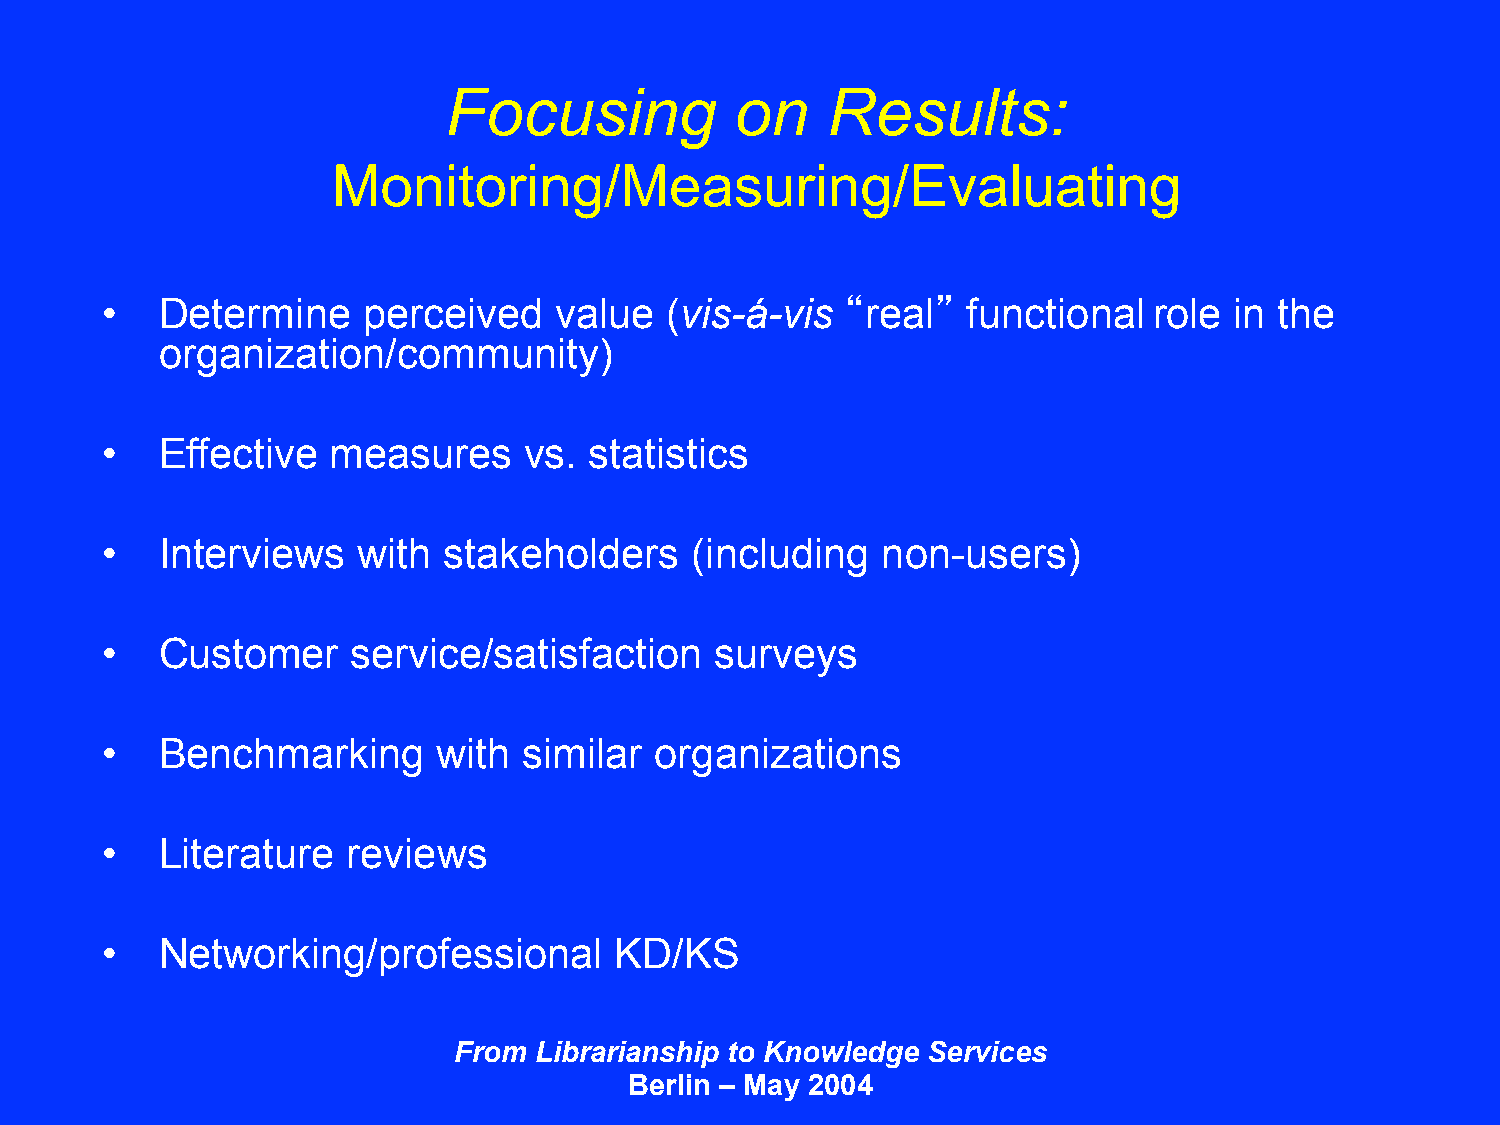
Focusing            on    Results:
 Monitoring/Measuring/Evaluating
 •   Determine    perceived    value  (vis-á-vis  “real”  functional  role  in the
 organization/community)
 •   Effective  measures     vs. statistics
 •   Interviews   with stakeholders     (including  non-users)
 •   Customer    service/satisfaction    surveys
 •   Benchmarking      with  similar organizations
 •   Literature  reviews
 •   Networking/professional       KD/KS
 From Librarianship to Knowledge Services
 Berlin – May 2004